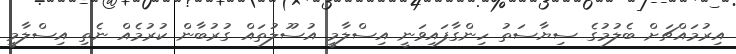
އިރުމައްޗަށް ބެލުމުގެ ސިޔާސަތު ހިންގާފައިވަނީ އިސްލާމީ އުސޫލުތައް ގުރުބާން ކުރުމެއް ނެތި އިސްލާމީ